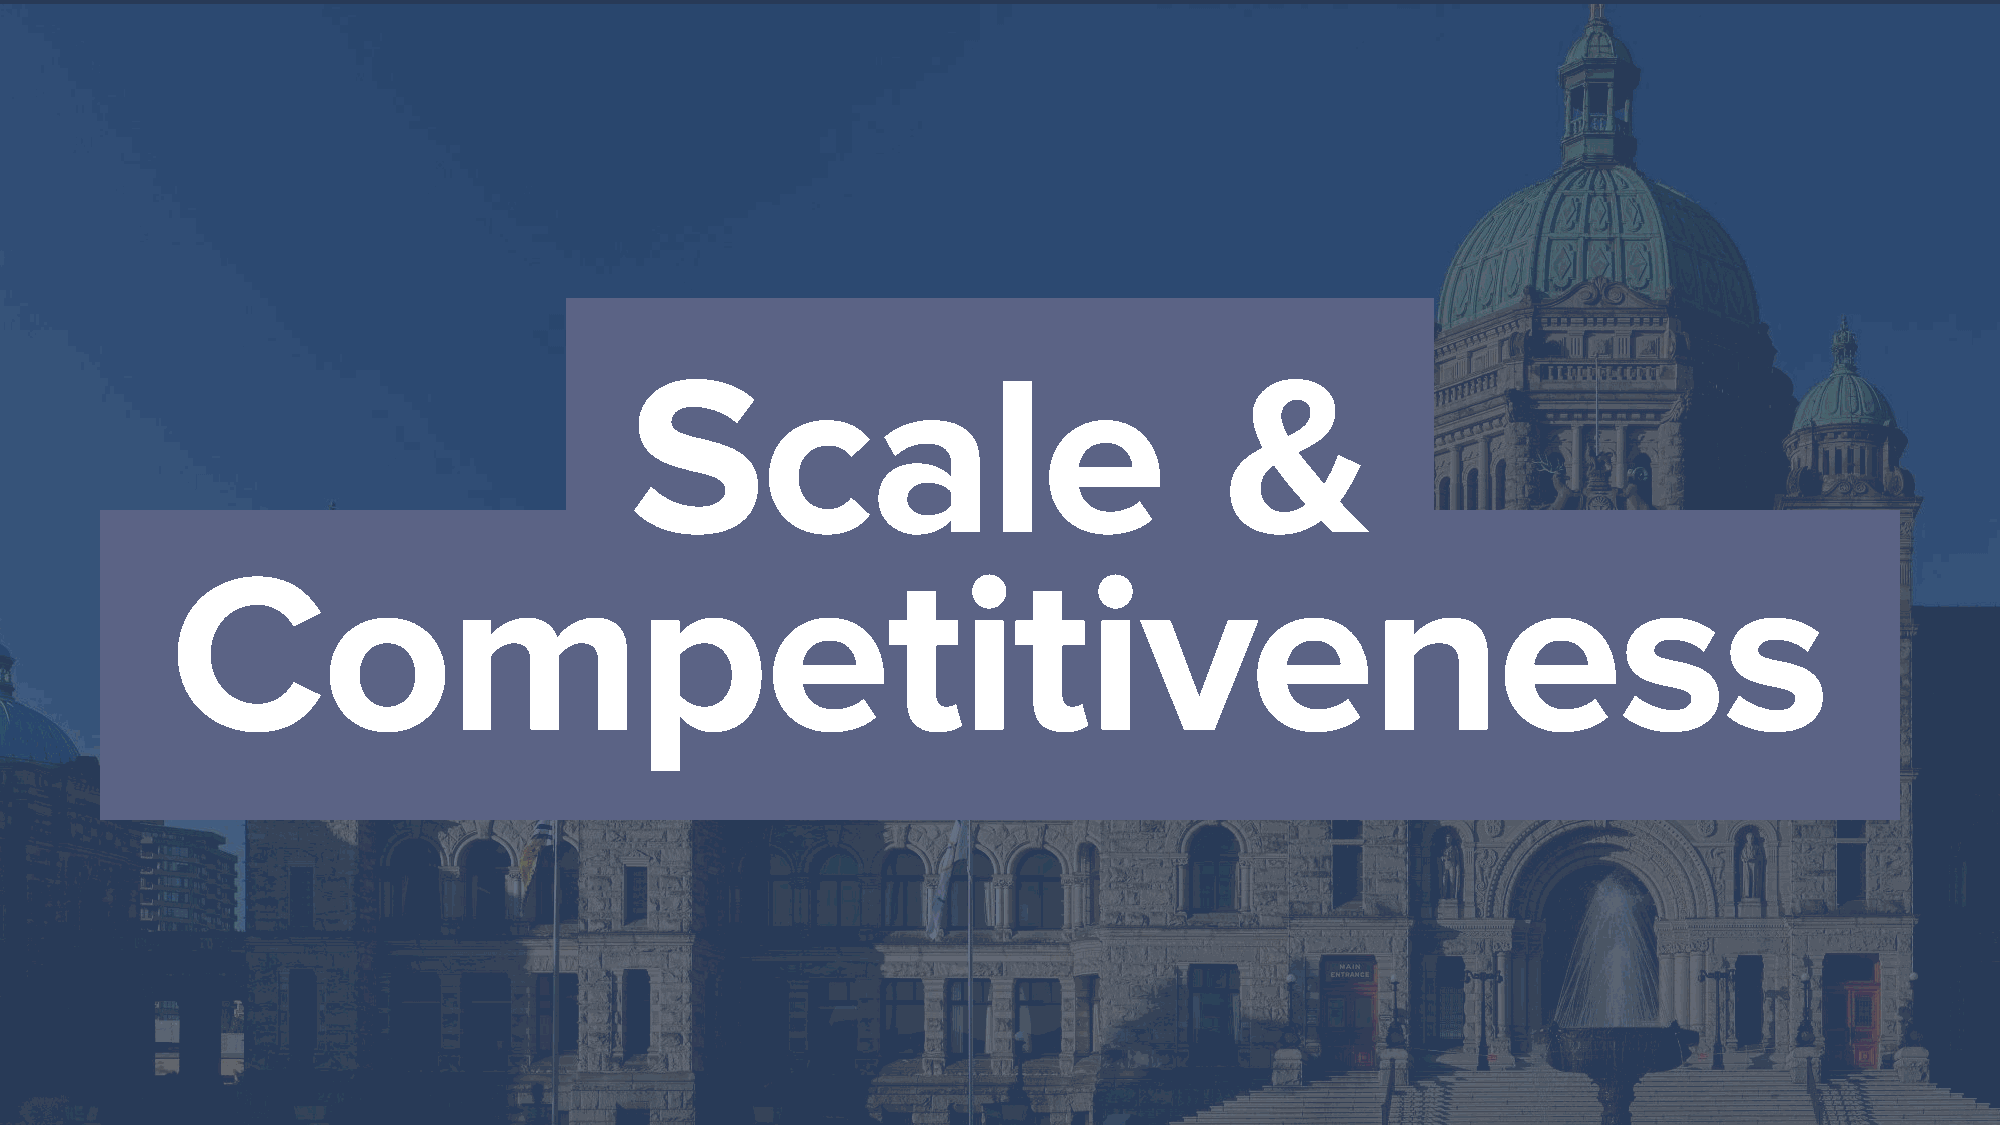
Scale                                  &
 Competitiveness